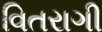
વિતરાગી